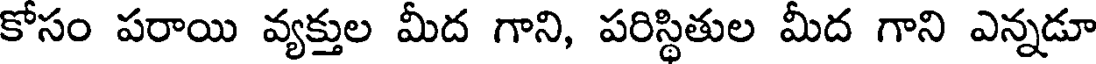
కోసం పరాయి వ్యక్తుల మీద గాని, పరిస్థితుల మీద గాని ఎన్నడూ